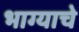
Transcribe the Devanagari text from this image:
भाग्याचे